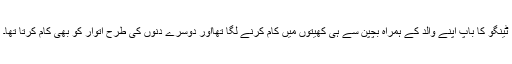
ٹینگو کا باپ اپنے والد کے ہمراہ بچپن سے ہی کھیتوں میں کام کرنے لگا تھااور دوسرے دنوں کی طرح اتوار کو بھی کام کرتا تھا۔